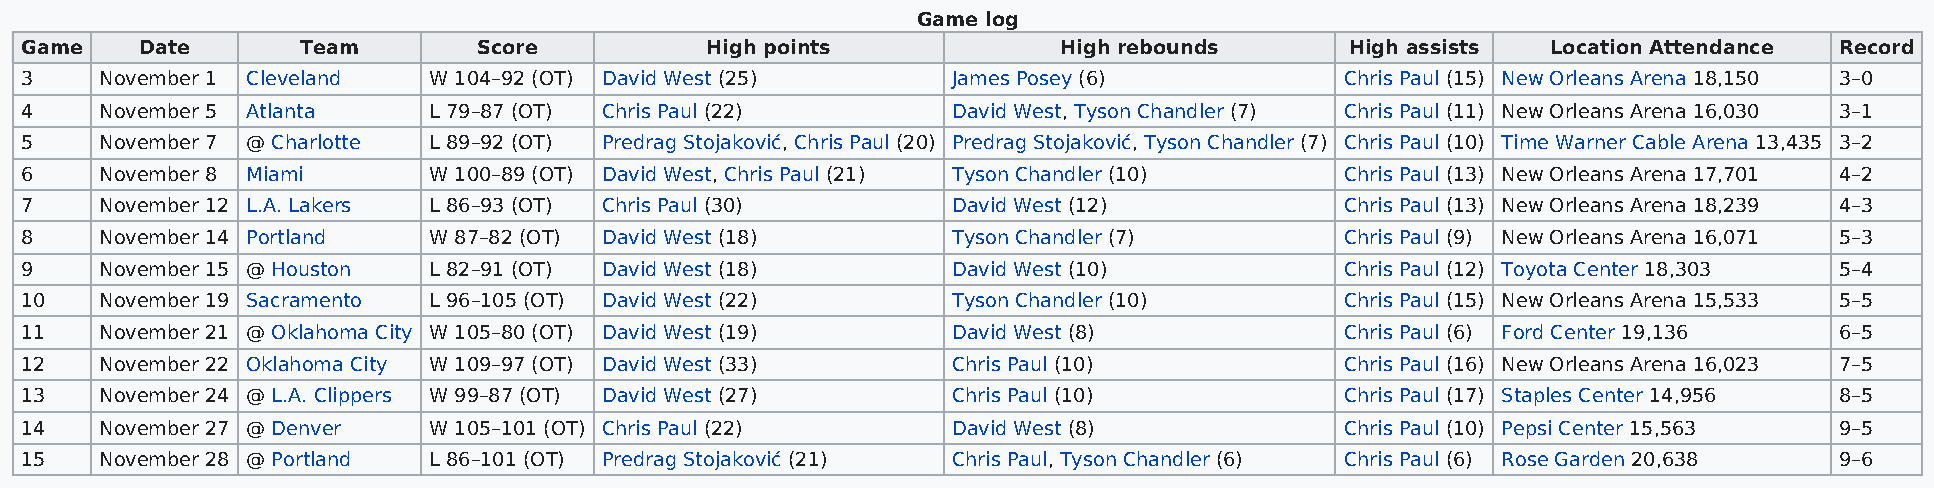
Game log
 Game    Date       Team        Score          High points            High rebounds      High assists  Location Attendance Record
 3     November 1 Cleveland W 104–92 (OT) David West (25)      James Posey (6)           Chris Paul (15) New Orleans Arena 18,150 3–0
 4     November 5 Atlanta   L 79–87 (OT) Chris Paul (22)       David West, Tyson Chandler (7) Chris Paul (11) New Orleans Arena 16,030 3–1
 5     November 7 @ Charlotte L 89–92 (OT) Predrag Stojaković, Chris Paul (20) Predrag Stojaković, Tyson Chandler (7) Chris Paul (10) Time Warner Cable Arena 13,435 3–2
 6     November 8 Miami     W 100–89 (OT) David West, Chris Paul (21) Tyson Chandler (10) Chris Paul (13) New Orleans Arena 17,701 4–2
 7     November 12 L.A. Lakers L 86–93 (OT) Chris Paul (30)    David West (12)           Chris Paul (13) New Orleans Arena 18,239 4–3
 8     November 14 Portland W 87–82 (OT) David West (18)       Tyson Chandler (7)        Chris Paul (9) New Orleans Arena 16,071 5–3
 9     November 15 @ Houston L 82–91 (OT) David West (18)      David West (10)           Chris Paul (12) Toyota Center 18,303 5–4
 10    November 19 Sacramento L 96–105 (OT) David West (22)    Tyson Chandler (10)       Chris Paul (15) New Orleans Arena 15,533 5–5
 11    November 21 @ Oklahoma City W 105–80 (OT) David West (19) David West (8)          Chris Paul (6) Ford Center 19,136 6–5
 12    November 22 Oklahoma City W 109–97 (OT) David West (33) Chris Paul (10)           Chris Paul (16) New Orleans Arena 16,023 7–5
 13    November 24 @ L.A. Clippers W 99–87 (OT) David West (27) Chris Paul (10)          Chris Paul (17) Staples Center 14,956 8–5
 14    November 27 @ Denver W 105–101 (OT) Chris Paul (22)     David West (8)            Chris Paul (10) Pepsi Center 15,563 9–5
 15    November 28 @ Portland L 86–101 (OT) Predrag Stojaković (21) Chris Paul, Tyson Chandler (6) Chris Paul (6) Rose Garden 20,638 9–6